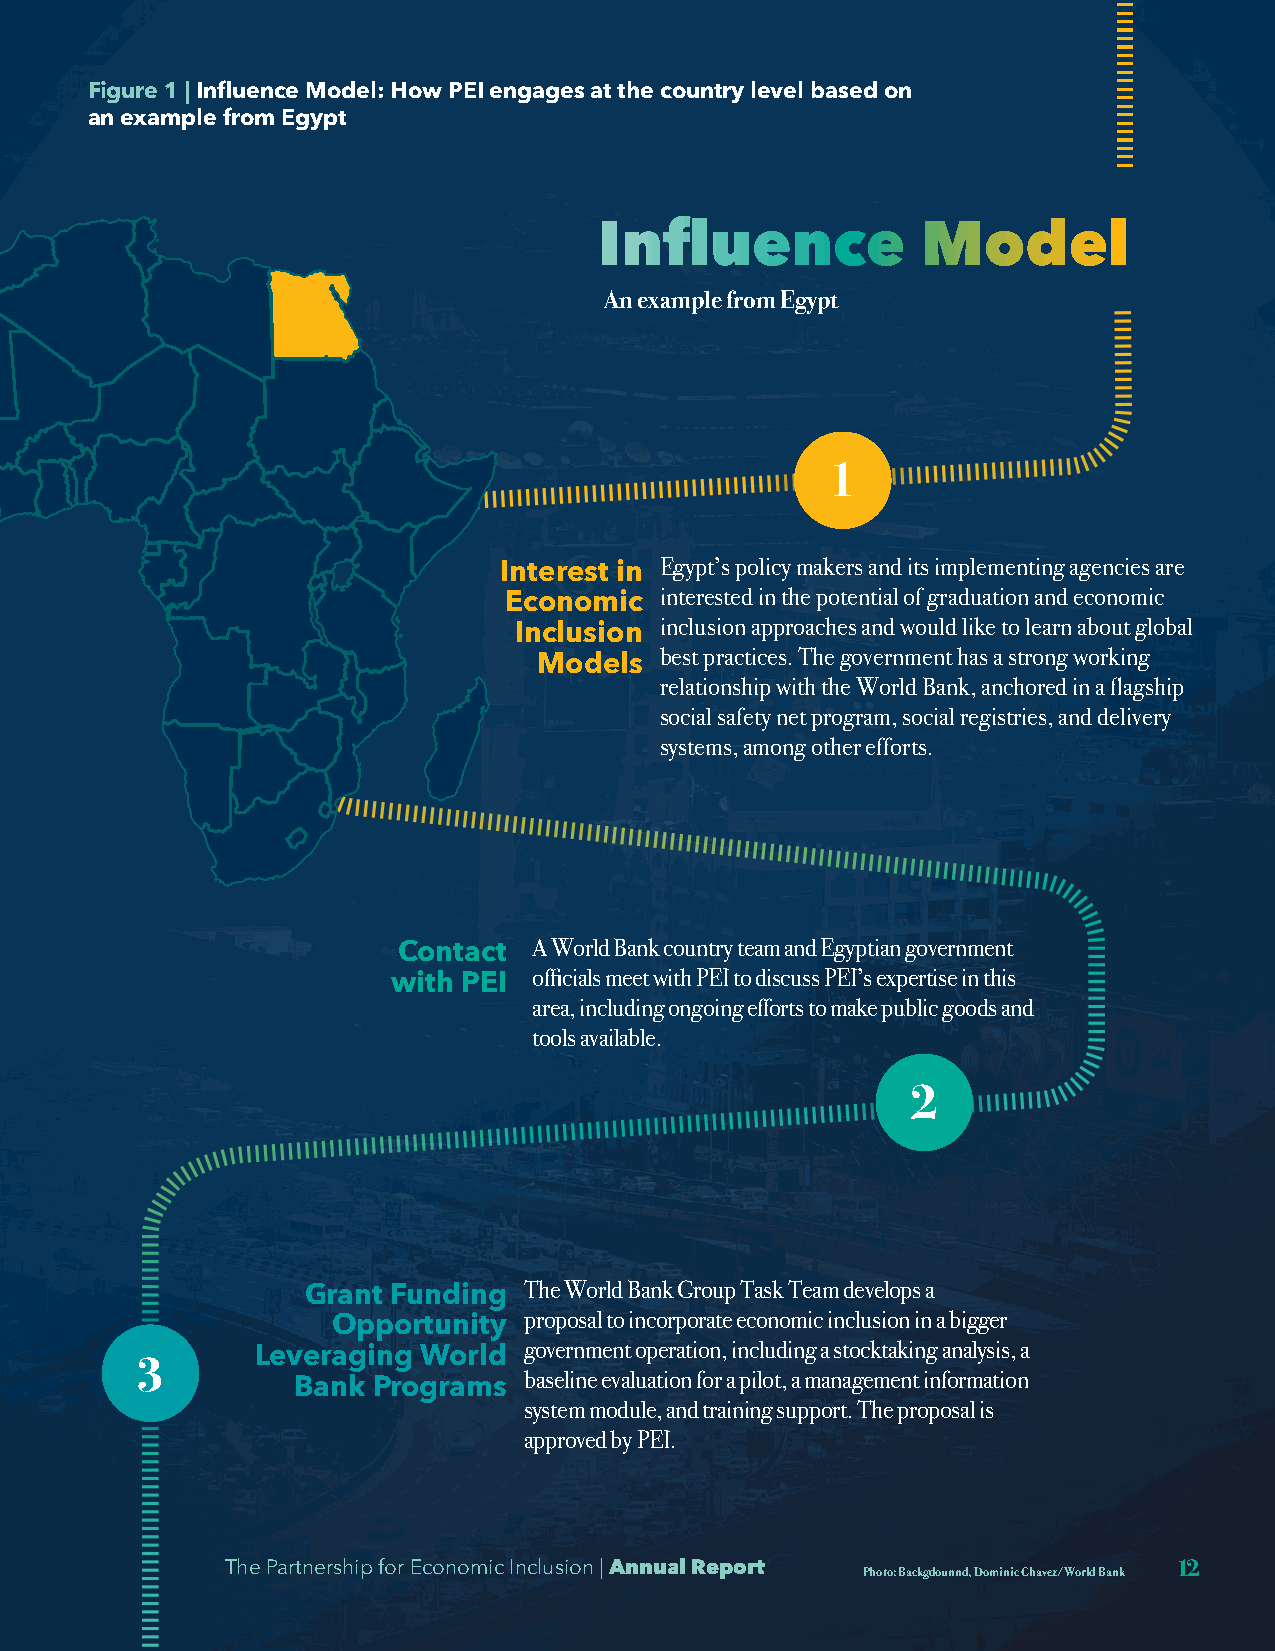
Figure 1 | Influence Model: How PEI engages at the country level based on
 an example from Egypt
 Influence            Model
 An example from Egypt
 1
 Egypt’s policy makers and its implementing agencies are
 Interest in
 interested in the potential of graduation and economic
 Economic
 inclusion approaches and would like to learn about global
 Inclusion
 best practices. The government has a strong working
 Models
 relationship with the World Bank, anchored in a flagship
 social safety net program, social registries, and delivery
 systems, among other efforts.
 A World Bank country team and Egyptian government
 Contact
 officials meet with PEI to discuss PEI’s expertise in this
 with PEI
 area, including ongoing efforts to make public goods and
 tools available.
 2
 The World Bank Group Task Team develops a
 Grant Funding
 proposal to incorporate economic inclusion in a bigger
 Opportunity
 government operation, including a stocktaking analysis, a
 Leveraging World
 3
 baseline evaluation for a pilot, a management information
 Bank  Programs
 system module, and training support. The proposal is
 approved by PEI.
 The Partnership for Economic Inclusion | Annual Report Photo: Backgdounnd, Dominic Chavez/World Bank 12